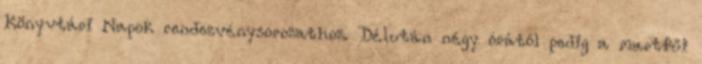
Könyvtári Napok rendezvénysorozathoz. Délután négy órától pedig a martfűi